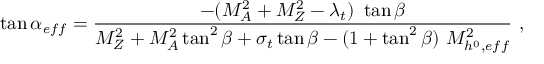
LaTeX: \tan \alpha _ { e f f } = \frac { - ( M _ { A } ^ { 2 } + M _ { Z } ^ { 2 } - \lambda _ { t } ) \ \tan \beta } { M _ { Z } ^ { 2 } + M _ { A } ^ { 2 } \tan ^ { 2 } \beta + \sigma _ { t } \tan \beta - ( 1 + \tan ^ { 2 } \beta ) \ M _ { h ^ { 0 } , e f f } ^ { 2 } } \ ,